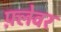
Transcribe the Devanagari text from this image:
फ़्लेवर